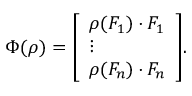
\Phi ( \rho ) = { \left[ \begin{array} { l } { \rho ( F _ { 1 } ) \cdot F _ { 1 } } \\ { \vdots } \\ { \rho ( F _ { n } ) \cdot F _ { n } } \end{array} \right] } .